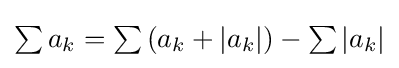
{\textstyle \sum a_{k}=\sum \left(a_{k}+\left|a_{k}\right|\right)-\sum \left|a_{k}\right|}